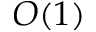
O ( 1 )